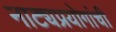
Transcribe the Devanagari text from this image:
नाट्यप्रयोगांची